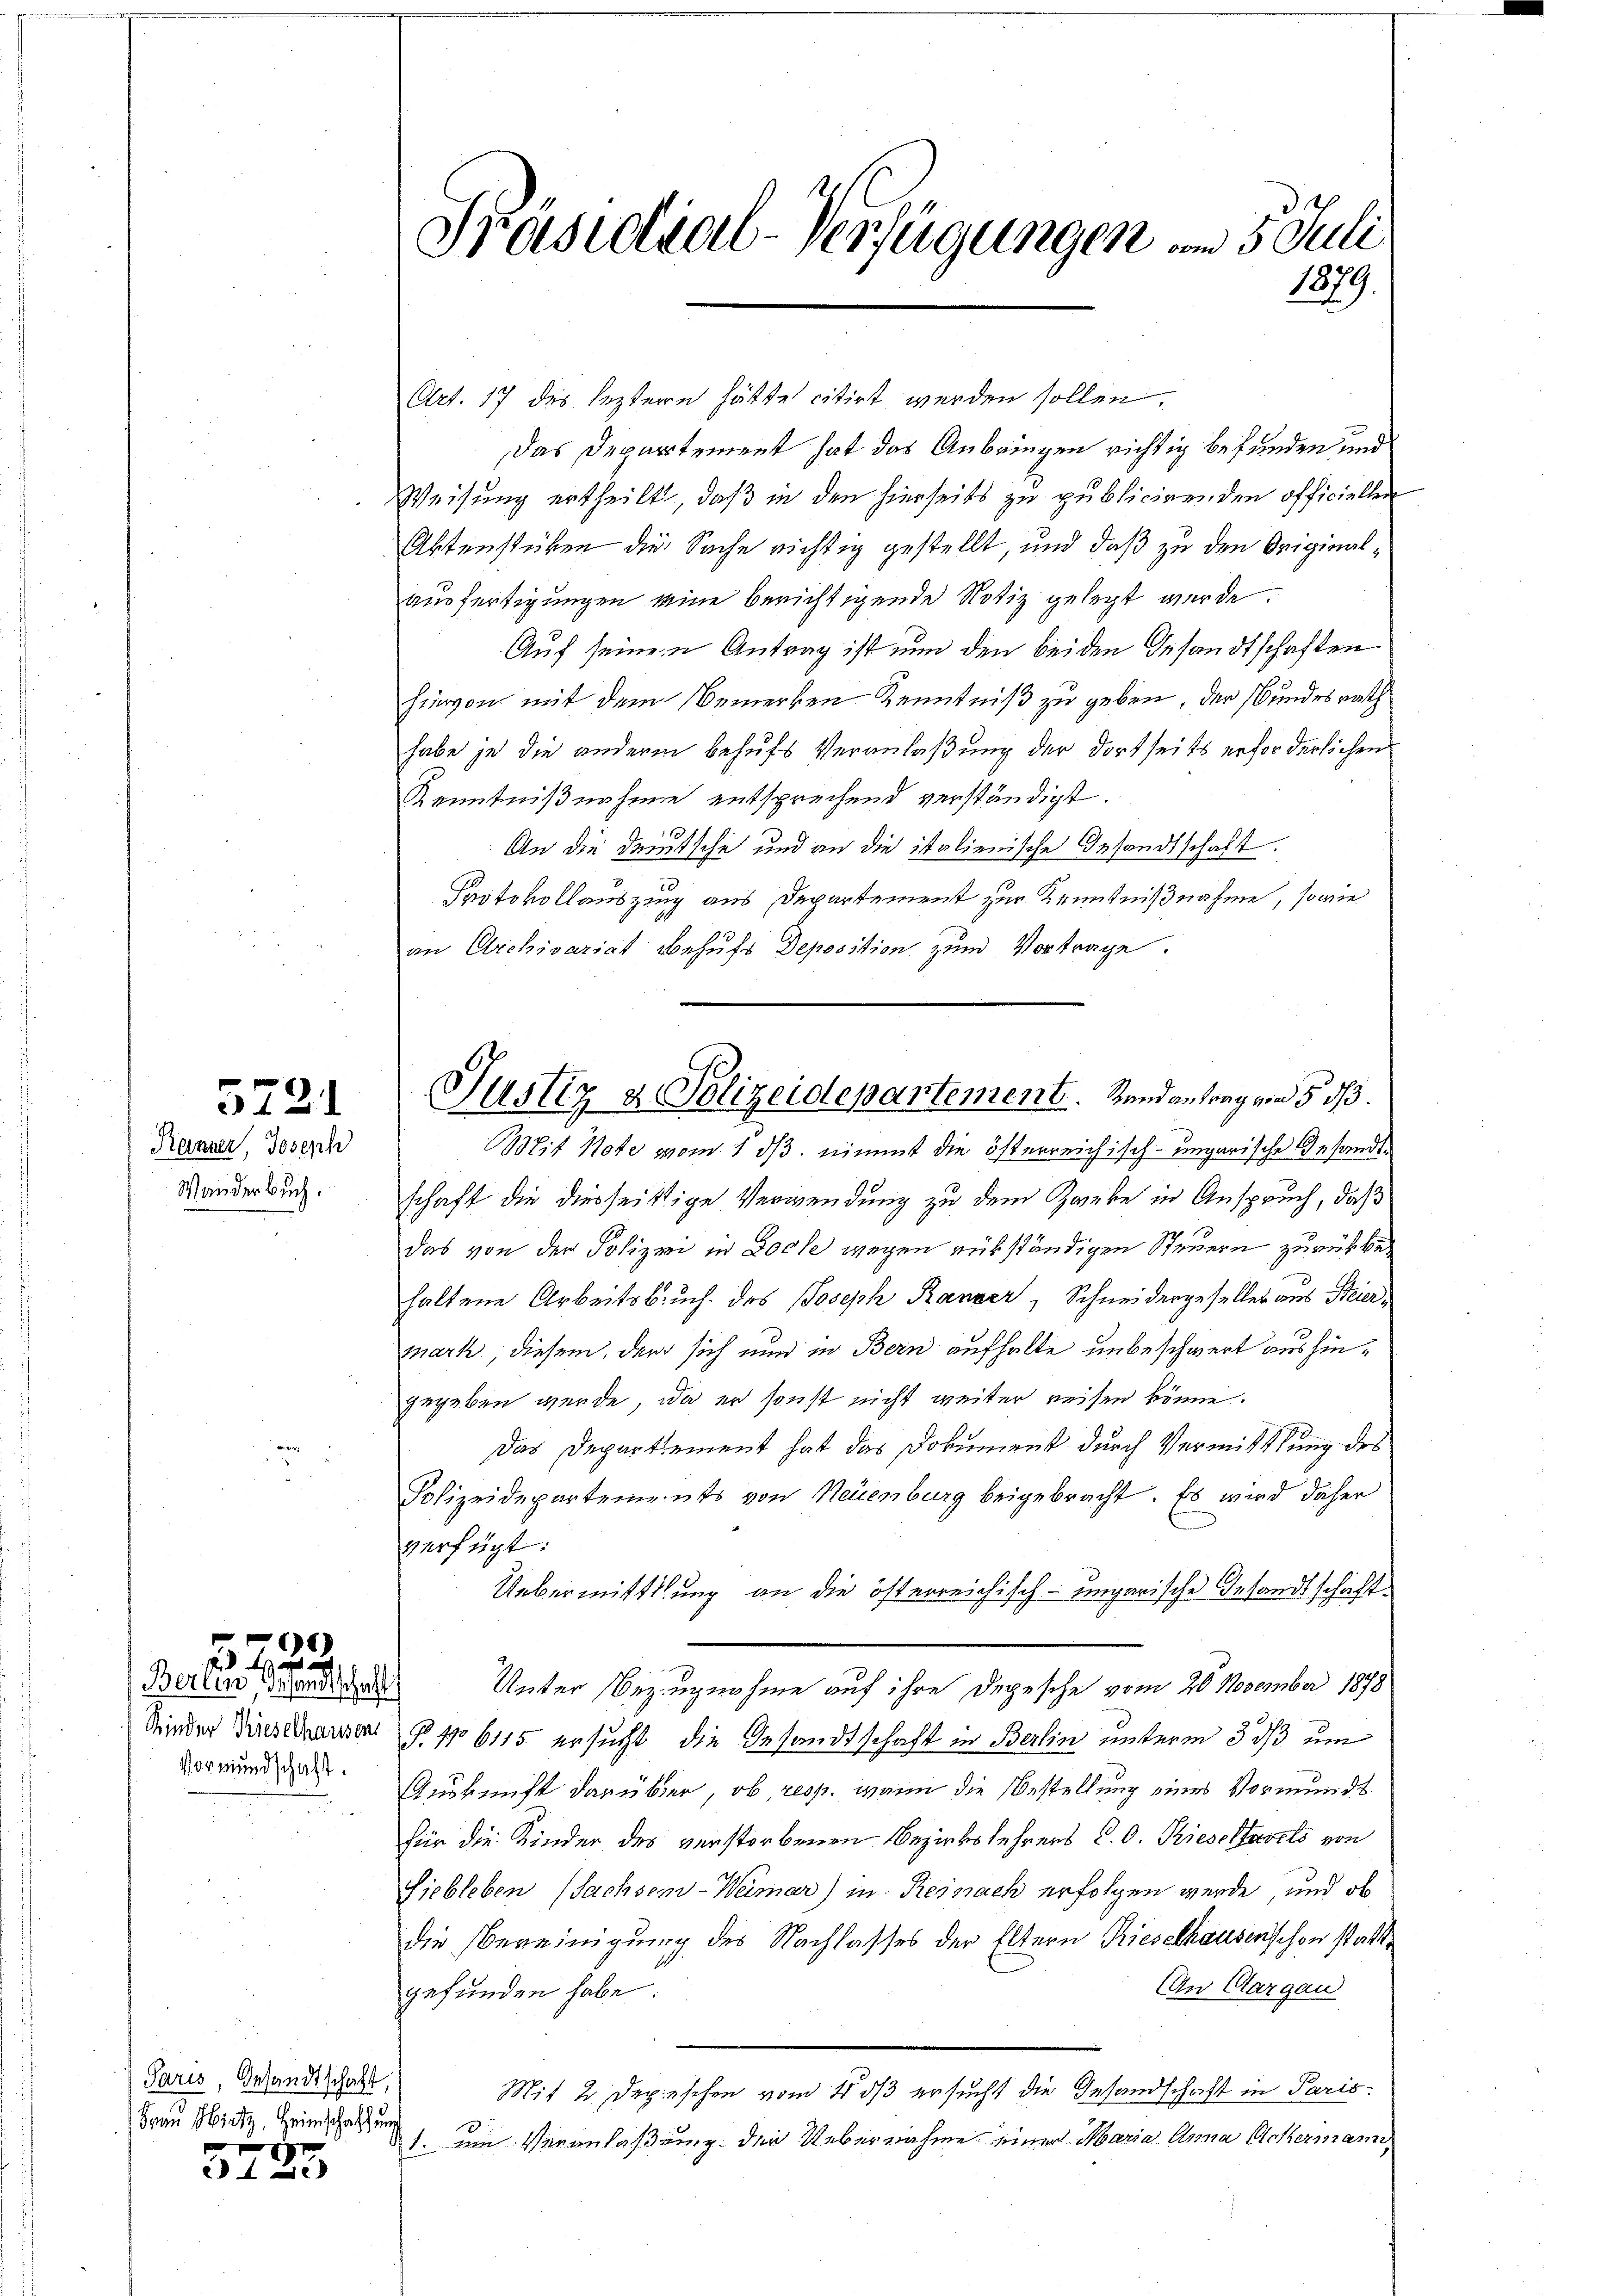
Wander Buch.

5721
Ranzer, Joseph

Vormundschaft.

)

Berlin Gesandtschaft

Paris, Gesandtschaft,
Frau Nietz, Heimschaffung
II

2 t Se

d
Präsidial-Verfügungen vom 5. Juli
1879.

Art. 17 des leztern hätte citirt werden sollen.
Das Departement hat das Anbringen richtig befunden und
Weisung ertheilt, daß in den hierseits zu publicirenden officiellen
Aktenstüken die Sache richtig gestellt, und daß zu den Originalausfertigungen seine berichtigende Notiz gelegt werde.
Auf seinem Antrag ist nun den beiden Gesandtschaften
hievon mit dem Bemerken Kenntniß zu geben, der Bundesrath
habe je die andere behufs Veranlaßung der dortseits erforderlichen
Kenntnißnahme entsprechend verständigt.
An die Deutsche und an die italienische Gesandtschaft.
Protokollauszug aus Departement zur Kenntnißnahme, sowie
an Archivariat behufs Deposition zum Vortrage.
Bit Note vom 1 d. nimmt die österreichisch-ungarische Gesandtschaft die diesseitige Verwendung zu dem Zanke in Anspruch, daß
das von der Polizei in Doch wegen rükständigen Steuern zurückbehaltene Arbeitsbruch des Joseph Ranzer, Schneidergeseller aus Steiermark diesem, der sich nun in Bern aufhalte unbeschwert aushingegeben werde, da er sonst nicht weiter reisen könne.
Das Departement hat das Dokument durch Vermittlung des
Polizeidepartements von Neuenburg beigebracht. Es wird daher
verfügt:
Uebermittlung an die österreichisch-ungarische Gesandtschäft¬
Unter Bezugnahme auf ihre Depesche vom 20. November 1898
Mieder Diese ausen § 46115 ersucht, die Gesandtschaft in Berlin unterm 3. ds um
Auskunft darüber, ob, resp. wenn die Bestellung eines Vormundt
für die Kinder des verstorbenen Bezirkslehrers P. O. Rieseltevels von
Siebleben (Sachsen-Weimar) in Reinach erfolgen werde, und ob
die Obereinigung des Nachlasses der Eltern Rieselhausenschen statte
An Aargau
gefunden habe.
Mit 2 Depeschen vom 4. ds ersucht die Gesandschaft in Paris
1. um Veranlaßung der Uebernahme einer Maria Anna Ackermann,

Justiz u. Polizeidepartement. Randantrag von 5. dß.